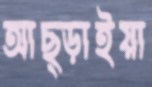
আছ্‌ড়াইয়া